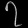
Digit: ၇